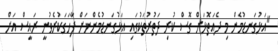
"އަޅުގަނޑުމެން މި ދެއަތޮޅަށް ގޮސް ކުރި ދަތުރުތަކުގައި އަޅުގަނޑުމެންނަށް ފާހަގަކުރެވުނީ ރައީސް އަށް